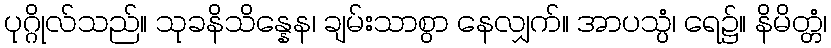
ပုဂ္ဂိုလ်သည်။ သုခနိသိန္နေန၊ ချမ်းသာစွာ နေလျှက်။ အာပသ္ပံ၊ ရေ၌။ နိမိတ္တံ၊